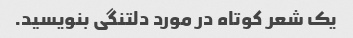
یک شعر کوتاه در مورد دلتنگی بنویسید.